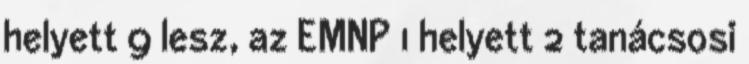
helyett 9 lesz, az EMNP 1 helyett 2 tanácsosi